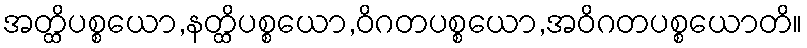
အတ္ထိပစ္စယော,နတ္ထိပစ္စယော,ဝိဂတပစ္စယော,အဝိဂတပစ္စယောတိ။